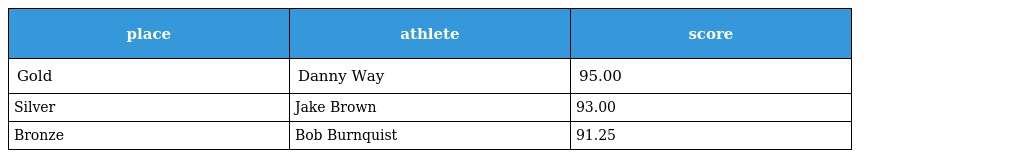
| place | athlete | score |
 | --- | --- | --- |
 | Gold | Danny Way | 95.00 |
 | Silver | Jake Brown | 93.00 |
 | Bronze | Bob Burnquist | 91.25 |